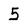
Character: 5